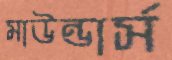
মাউন্ডার্স